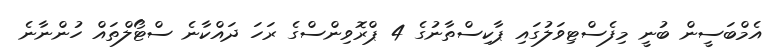
އެމްބަސީން ބުނީ މިފެސްޓިވަލުގައި ޕާކިސްތާނުގެ 4 ޕްރޮވިންސްގެ ރަހަ ދައްކާނެ ސްޓޯލްތައް ހުންނާނެ